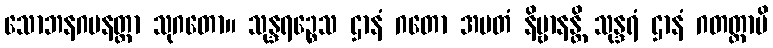
သောဘနဂမနတ္တာ သုဂတော။ သုန္ဒရဉ္စေသ ဌာနံ ဂတော အမတံ နိဗ္ဗာနန္တိ သုန္ဒရံ ဌာနံ ဂတတ္တာပိ